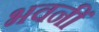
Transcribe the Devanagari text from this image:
भवनीं